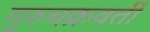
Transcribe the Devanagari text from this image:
गुरुचक्रवर्ती